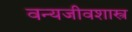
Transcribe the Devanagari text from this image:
वन्यजीवशास्त्र